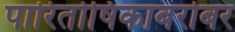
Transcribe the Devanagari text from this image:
पारितोषिकाबरोबर